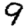
Digit: 9